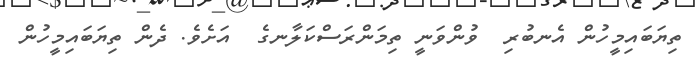
ތިޔަބައިމީހުން އެނބުރި  ވުންވަނީ ތިމަންރަސްކަލާނގެ  އަށެވެ. ދެން ތިޔަބައިމީހުން